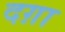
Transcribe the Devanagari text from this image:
दग़ा